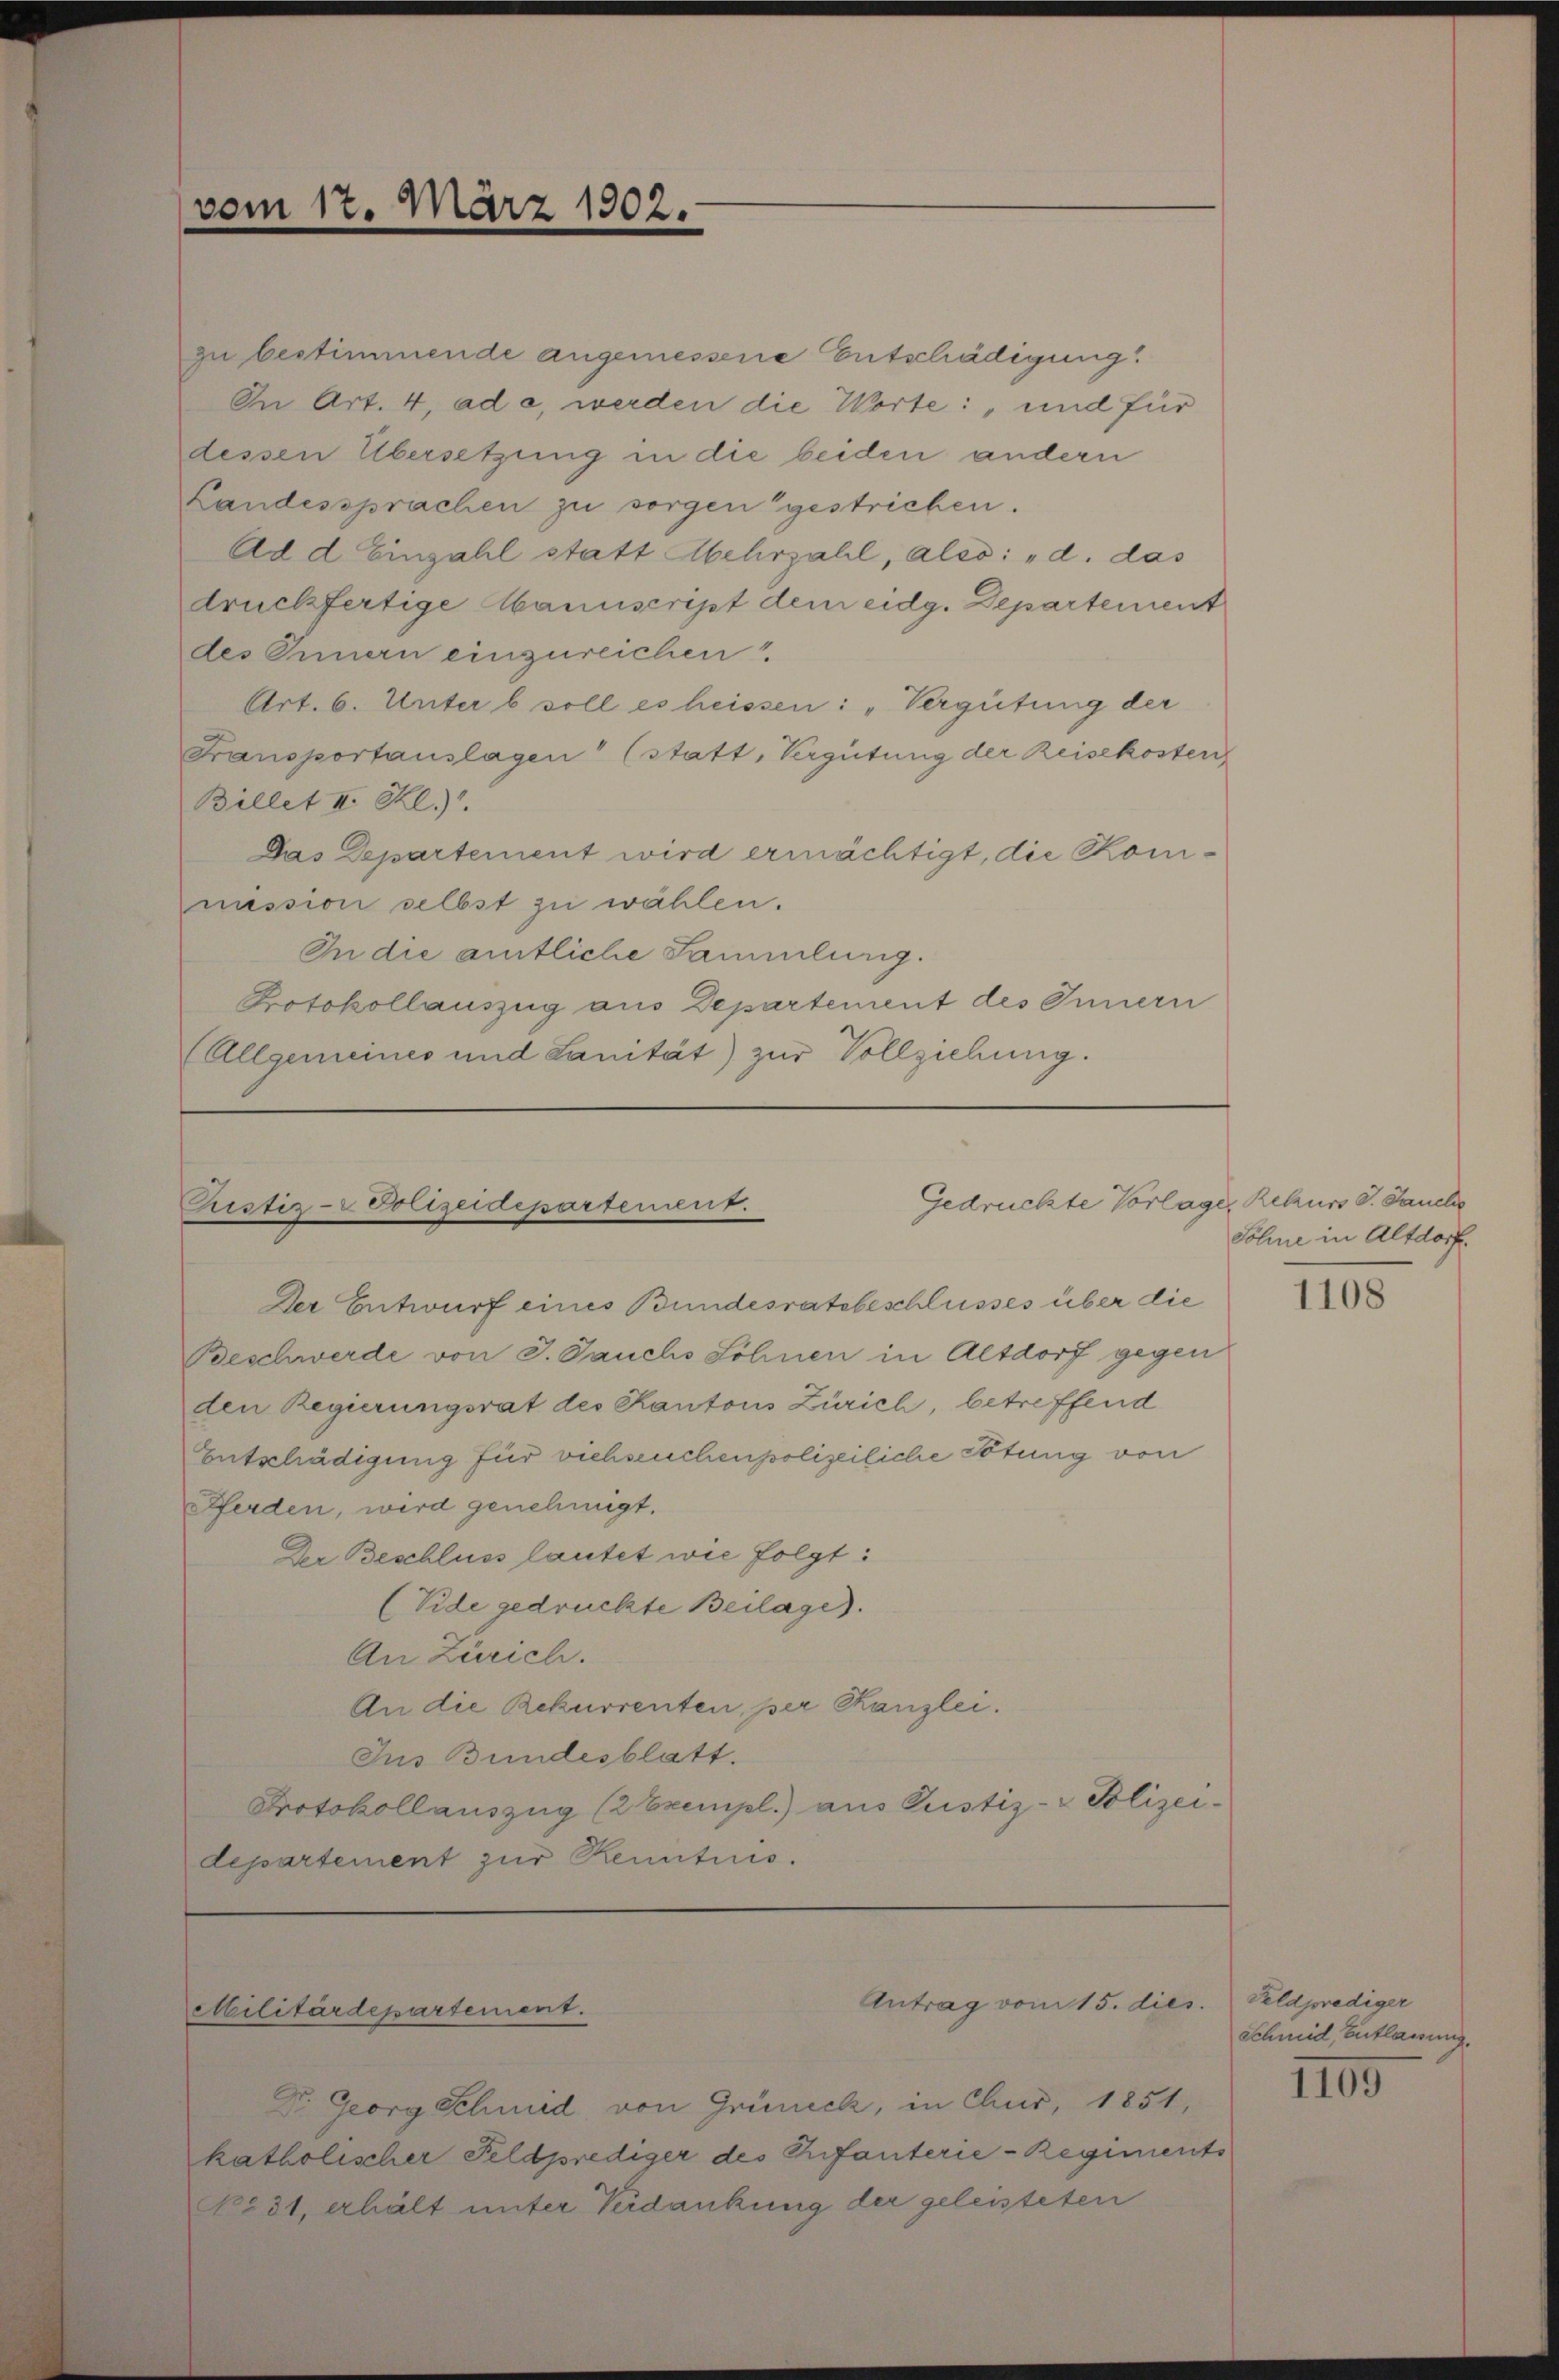
vom 17. März 1902.

zu bestimmende angemessene Entschädigung
In Art. 4, ad a, werden die Worte: „und für
dessen Übersetzung in die beiden andern
Landessprachen zu sorgen gestricken.
Ad d. Einzahl statt Mehrzahl, also: „d. das
druckfertige Manuscript dem eidg. Departement
des Innern einzureichen
Art. 6. Unter b soll es heissen: „Vergütung der
Transportauslagen" (statt, Vergütung der Reisekosten
Billet III Kl
Das Departement wird ermächtigt, die Kommission selbst zu wählen.
In die amtliche Sammlung.
Protokollauszug aus Departement des Innern
(Allgemeines und Sanität) zur Vollziehung.

Gedrückte Vorlage
Pristiz-Polizeidepartement.

Der Entwurf eines Bundesratsbeschlusses über die
Beschwerde von J. Jauchs Söhnen in Altdorf gegen
den Regierungsrat des Kantons Zürich, betreffend
Entschädigung für viehseuchenpolizeiliche Tötung von
Pferden, wird genehmigt.
Der Beschluss lautet wie folgt:
(Vide gedruckte Beilage).
An Zürich.
An die Rekurrenten, per Kanzlei.
Ins Bundesblatt.
Protokollauszug (2 Exempl.) aus Pustiz- & Polizeidepartement zur Kenntnis.

Dr. Georg Schmid von Grüneck, in Chur, 1851,
katholischer Feldprediger des Infanterie-Regiments
No 31, erhält unter Verdankung der geleisteten

Antrag vom 15. dies
Militärdepartement.

Rekurs d. Jauche
Sohne in Altdorf.

1108

Feldprediger
Schmid, Entlagung.

1109